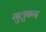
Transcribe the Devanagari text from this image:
गुलुबन्द